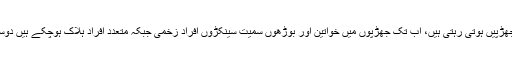
دارالحکومت پیرس سمیت فرانس بھر میں احتجاج کے دوران پولیس اور مظاہرین کے درمیان جھڑپیں ہوتی رہتی ہیں، اب تک جھڑپوں میں خواتین اور بوڑھوں سمیت سینکڑوں افراد زخمی جبکہ متعدد افراد ہلاک ہوچکے ہیں دوسری جانب مشتعل مظاہرین کی جانب سے اب تک درجنوں گاڑیاں بھی نذرآتش کی جاچکی ہیں۔